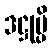
ဒဋ္ဌုမ္ပိ